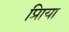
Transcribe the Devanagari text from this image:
प्रिाया